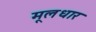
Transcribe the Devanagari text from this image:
मूलधार